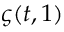
\varsigma ( t , 1 )